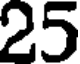
25